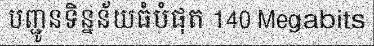
បញ្ជូនទិន្នន័យធំបំផុត 140 Megabits